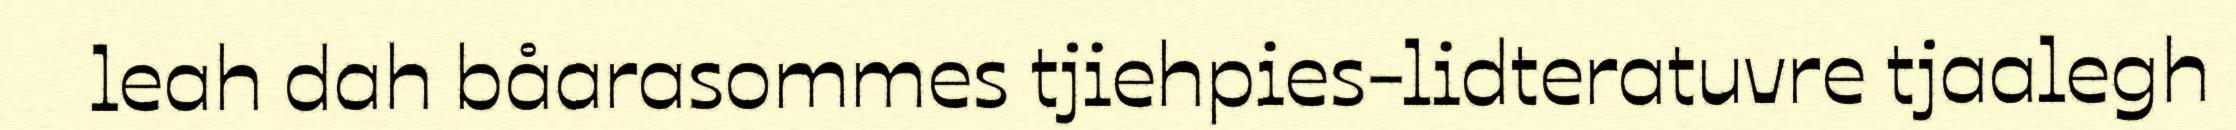
leah dah båarasommes tjiehpies-lidteratuvre tjaalegh